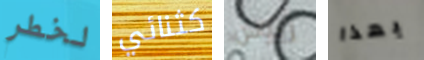
لخطر كثنائي زيوس بهذا